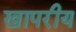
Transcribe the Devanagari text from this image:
खापरीय